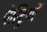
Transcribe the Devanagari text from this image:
पेस्ट्रियों